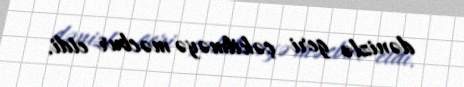
dənizlə geri çəkilməyə məcbur etdi.